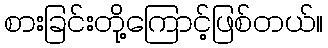
စားခြင်းတို့ကြောင့်ဖြစ်တယ်။